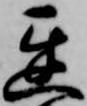
遅